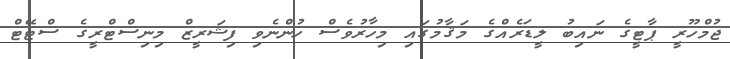
ޖުމްހޫރީ ޕާޓީގެ ނައިބު ލީޑަރެއްގެ މަޤާމުގައި މިހާރުވެސް ހުންނެވި ފިޝަރީޒް މިނިސްޓްރީގެ ސްޓޭޓް